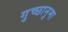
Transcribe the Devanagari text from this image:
गुच्छानुमा